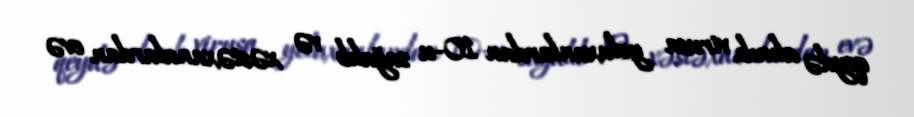
qeydə alınıb, virusa yoluxanlardan 10-u sağalıb və xəstəxanalardan evə